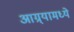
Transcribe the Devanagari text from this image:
आग्र्यामध्ये